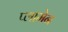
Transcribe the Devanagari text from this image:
प्लामेन